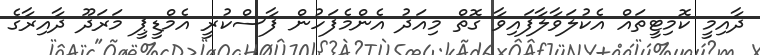
ދާއިމީ ކޮމިޓީތައް އެކުލަވާލާފައިވާ ގޮތް މިއަދު އެންމެފަހުން ފާސްކުރީ އެމްޑީޕީ މަރަދޫ ދާއިރާގެ